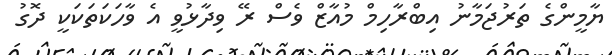
ޔާމީންގެ ތަރުޖަމާނު އިބްރާހިމް މުއާޒް ވެސް ރޭ ވިދާޅުވީ އެ ވާހަކަތަކަކީ ދޮގު